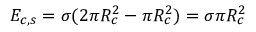
{ { E } _ { c , s } } = \sigma ( 2 \pi R _ { c } ^ { 2 } - \pi R _ { c } ^ { 2 } ) = \sigma \pi R _ { c } ^ { 2 }